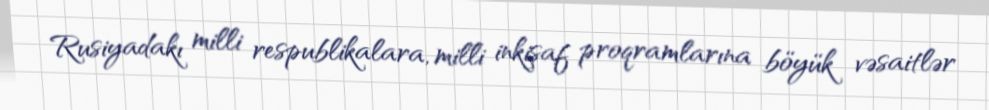
Rusiyadakı milli respublikalara, milli inkişaf proqramlarına böyük vəsaitlər